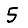
Digit: 5